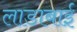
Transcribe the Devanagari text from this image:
लाडाबाई